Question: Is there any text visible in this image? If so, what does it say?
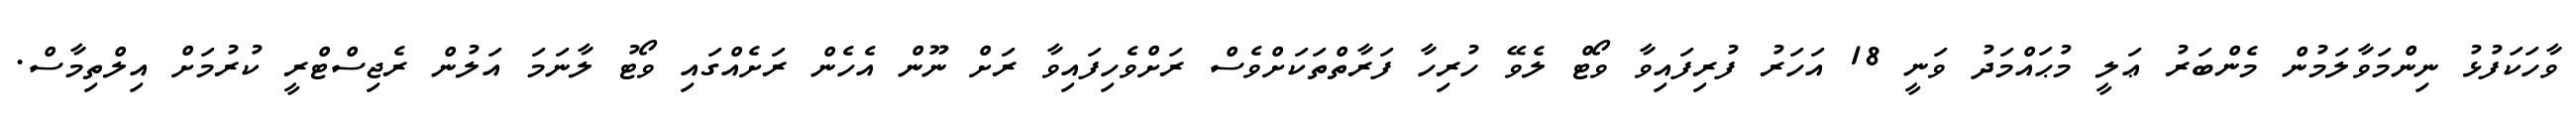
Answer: ވާހަކަފުޅު ނިންމަވާލަމުން މެންބަރު ޢަލީ މުޙައްމަދު ވަނީ 18 އަހަރު ފުރިފައިވާ ވޯޓް ލެވޭ ހުރިހާ ފަރާތްތަކަށްވެސް ރަށްވެހިފައިވާ ރަށް ނޫން އެހެން ރަށެއްގައި ވޯޓު ލާނަމަ އަލުން ރެޖިސްޓްރީ ކުރުމަށް އިލްތިމާސް.